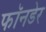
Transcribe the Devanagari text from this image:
फॉनडेर